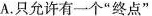
A.只允许有一个”终点”